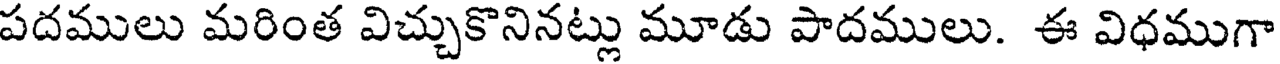
పదములు మరింత విచ్చుకొనినట్లు మూడు పాదములు. ఈ విధముగా